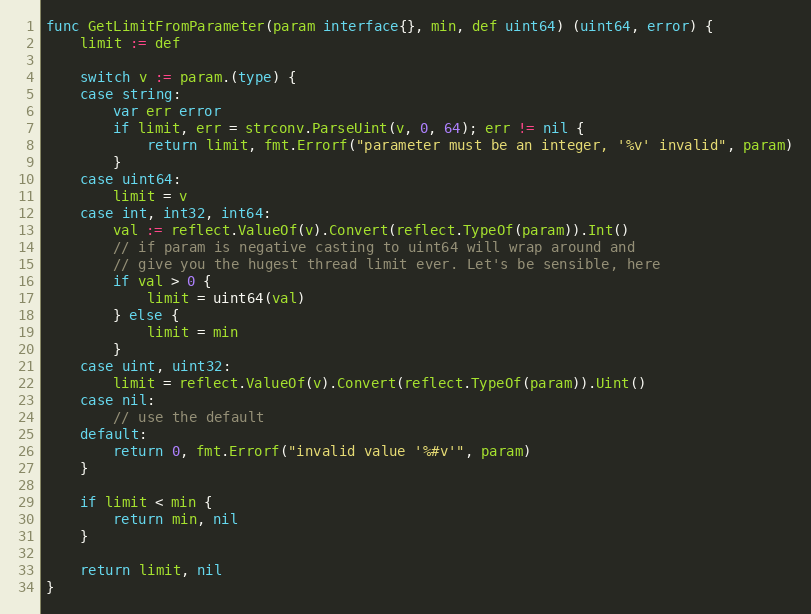
Language: Go
func GetLimitFromParameter(param interface{}, min, def uint64) (uint64, error) {
	limit := def

	switch v := param.(type) {
	case string:
		var err error
		if limit, err = strconv.ParseUint(v, 0, 64); err != nil {
			return limit, fmt.Errorf("parameter must be an integer, '%v' invalid", param)
		}
	case uint64:
		limit = v
	case int, int32, int64:
		val := reflect.ValueOf(v).Convert(reflect.TypeOf(param)).Int()
		// if param is negative casting to uint64 will wrap around and
		// give you the hugest thread limit ever. Let's be sensible, here
		if val > 0 {
			limit = uint64(val)
		} else {
			limit = min
		}
	case uint, uint32:
		limit = reflect.ValueOf(v).Convert(reflect.TypeOf(param)).Uint()
	case nil:
		// use the default
	default:
		return 0, fmt.Errorf("invalid value '%#v'", param)
	}

	if limit < min {
		return min, nil
	}

	return limit, nil
}